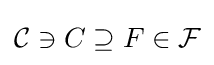
{\mathcal {C}}\ni C\supseteq F\in {\mathcal {F}}